Scottish Leaving Certificate Examination, 1954
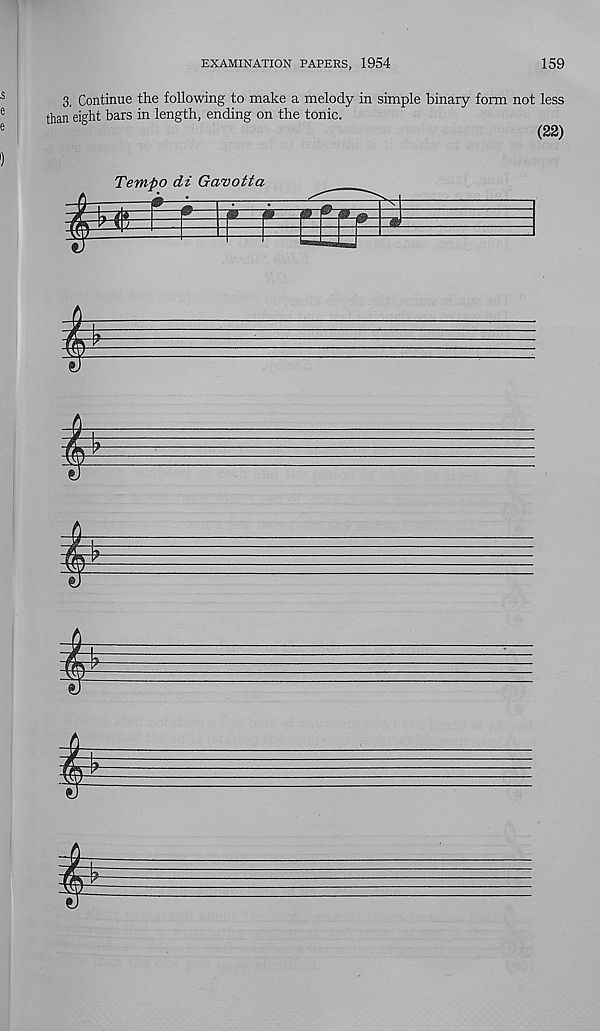
EXAMINATION PAPERS, 1954
159
3. Continue the following to make a melody in simple binary form not less
than eight bars in length, ending on the tonic.
(22)
Tempo di Ga'votta
m
m